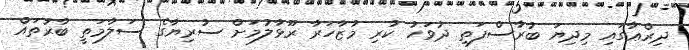
ދިރްޢާގައި މިދިޔަ ބުރާސްފަތި ދުވަހު ކުރި މުޒާހަރާ ރޫޅާލުމަށް ސުރިޔާގެ ސަލާމަތީ ބާރުތައް